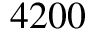
4 2 0 0